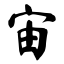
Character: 宙